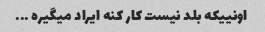
اونییکه بلد نیست کار کنه ایراد میگیره ...